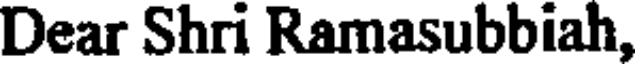
Dear Shri Ramasubbiah,